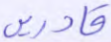
قادرين